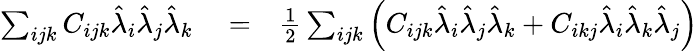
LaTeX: \begin{array}{rlr}{\sum_{ijk}C_{ijk}\hat{\lambda}_{i}\hat{\lambda}_{j}\hat{\lambda}_{k}}&{{}=}&{\frac{1}{2}\sum_{ijk}\left(C_{ijk}\hat{\lambda}_{i}\hat{\lambda}_{j}\hat{\lambda}_{k}+C_{ikj}\hat{\lambda}_{i}\hat{\lambda}_{k}\hat{\lambda}_{j}\right)}\end{array}